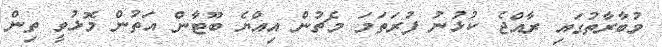
މުބާރާތުގައި ރާއްޖެ ކުޅުނު ފުރަތަމަ މެޗުން އިއްޔެ ބޫޓާން އަތުން މޮޅުވީ ތިން